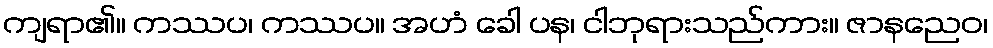
ကျရာ၏။ ကဿပ၊ ကဿပ။ အဟံ ခေါ ပန၊ ငါဘုရားသည်ကား။ ဇာနညေဝ၊